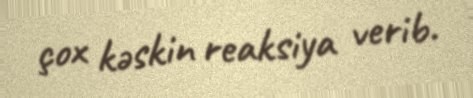
çox kəskin reaksiya verib.